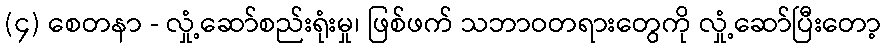
(၄) စေတနာ - လှုံ့ဆော်စည်းရုံးမှု၊ ဖြစ်ဖက် သဘာဝတရားတွေကို လှုံ့ဆော်ပြီးတော့